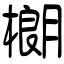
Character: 樃